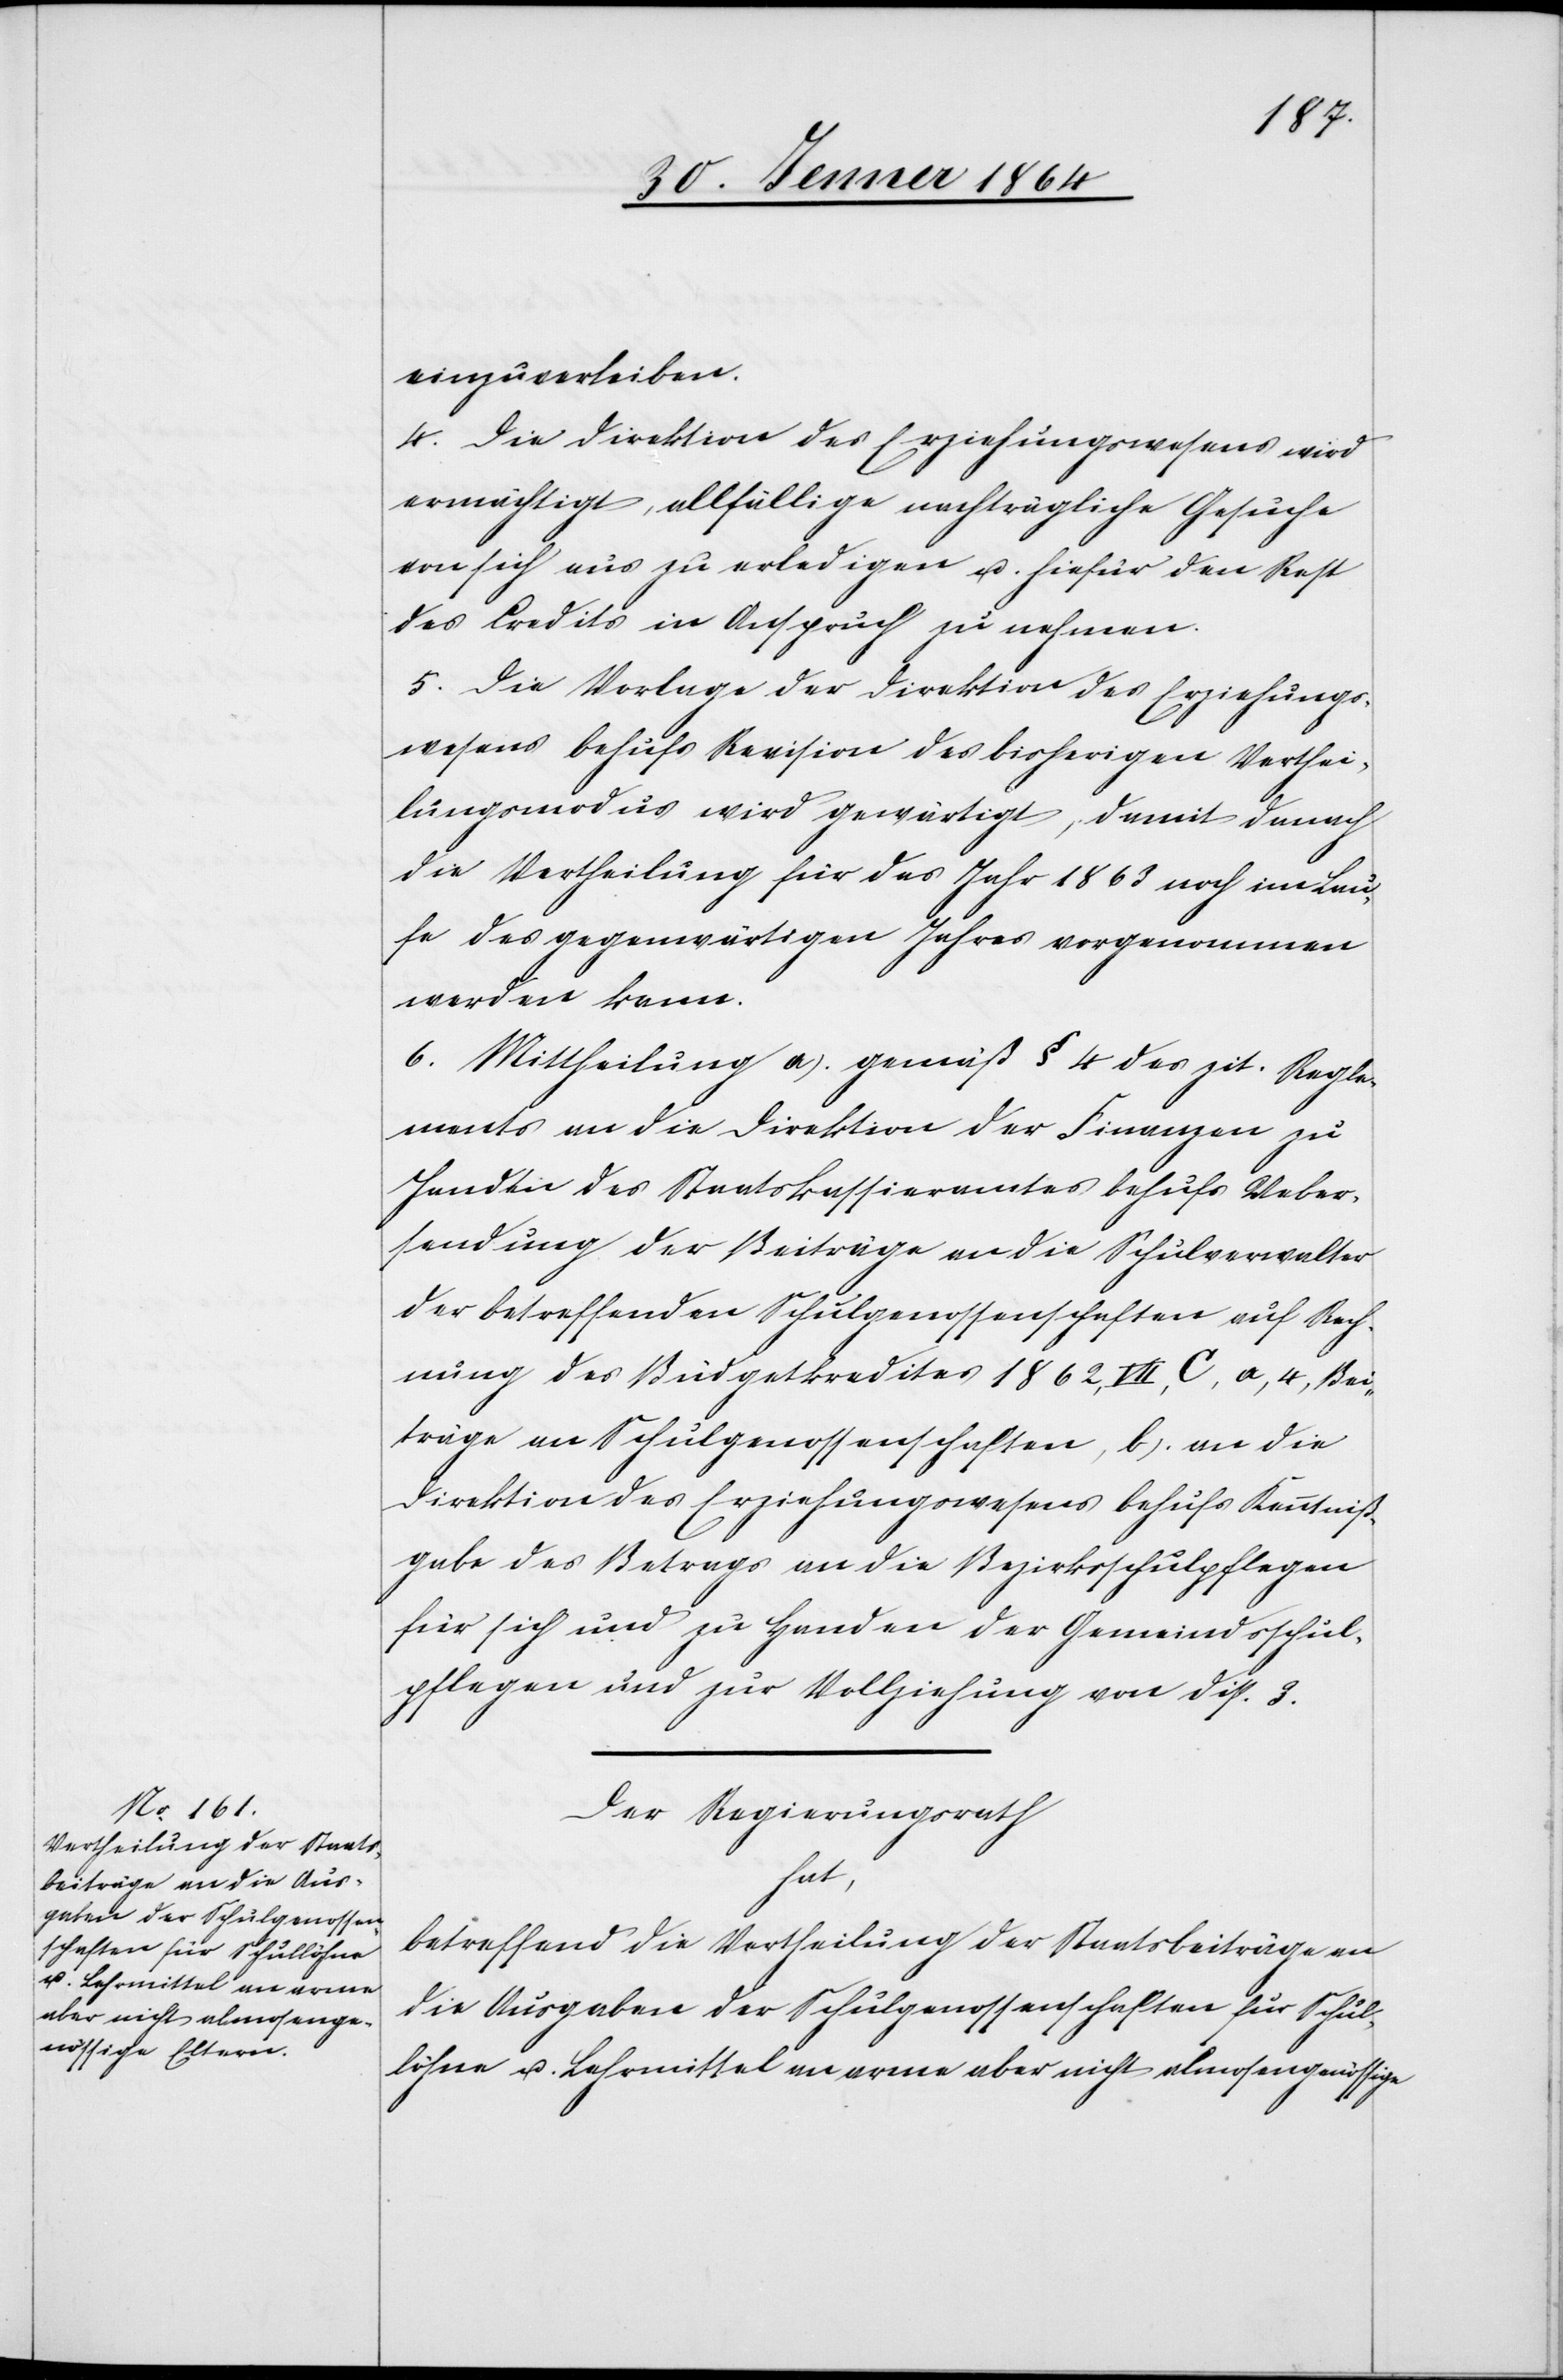
einzuverleiben.
4. Die Direktion des Erziehungswesens wird
ermächtigt, allfällige nachträgliche Gesuche
von sich aus zu erledigen u. hierfür den Rest
des Credits in Anspruch zu nehmen.
5. Die Vorlage der Direktion des Erziehungs¬
wesens behufs Revision des bisherigen Verthei¬
lungsmodus wird gewärtigt, damit danach
die Vertheilung für das Jahr 1863 noch im Lau¬
fe des gegenwärtigen Jahres vorgenommen
werden kann.
6. Mittheilung a.) gemäß § 4 des zit. Regle¬
ments an die Direktion der Finanzen zu
Handen des Staatskassieramtes behufs Ueber¬
sendung der Beiträge an die Schulverwalter
der betreffenden Schulgenossenschaften auf Rech¬
nung des Budgetkredites 1862, VII, C, a, 4, Bei¬
träge an Schulgenossenschaften, b.) an die
Direktion des Erziehungswesens behufs Kenntniß¬
gabe des Betrags an die Bezirksschulpflegen
für sich und zu Handen der Gemeindschul¬
pflegen und zur Vollziehung von Disp. 3.
Der Regierungsrath
hat,
betreffend die Vertheilung der Staatsbeiträge an
die Ausgaben der Schulgenossenschaften für Schul¬
löhne u. Lehrmittel an arme aber nicht almosengenössige